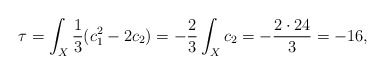
\begin{align*}\tau = \int_X \frac {1}{3} (c_1^2-2c_2) = - \frac {2}{3} \int_Xc_2 = - \frac {2\cdot24}{3} = -16, \end{align*}